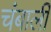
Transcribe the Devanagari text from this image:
चंबाली